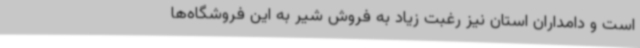
است و دامداران استان نیز رغبت زیاد به فروش شیر به این فروشگاه‌ها